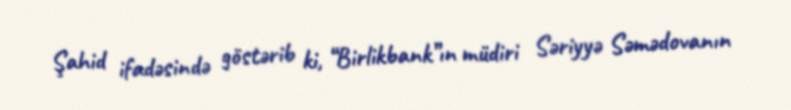
Şahid ifadəsində göstərib ki, “Birlikbank”ın müdiri Səriyyə Səmədovanın